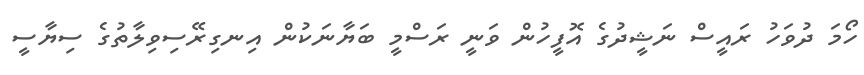
ހޯމަ ދުވަހު ރައީސް ނަޝީދުގެ އޮފީހުން ވަނީ ރަސްމީ ބަޔާނަކުން އިނގިރޭސިވިލާތުގެ ސިޔާސީ